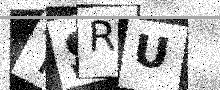
Text: TSRU